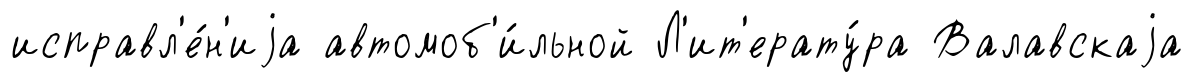
исправл'е́н'иjа автомоб'и́льной Л'ит'ерату́ра Валавскаjа